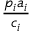
\frac { p _ { i } a _ { i } } { c _ { i } }